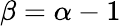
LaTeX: \beta=\alpha-1